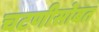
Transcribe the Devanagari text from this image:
चटणीसोबत